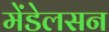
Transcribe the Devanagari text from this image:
मेंडेलसन